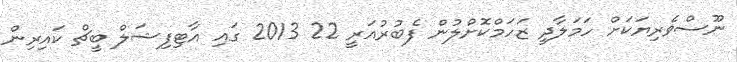
ނޫސްވެރިޔަކަށް ހަމަލާދީ ޒަހަމްކޮށްލުން ފެބުރުއަރީ 22 2013 ގައި އާޓިފިޝަލް ބީޗް ކައިރިން